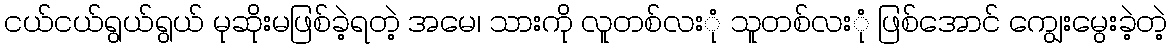
ငယ်ငယ်ရွယ်ရွယ် မုဆိုးမဖြစ်ခဲ့ရတဲ့ အမေ၊ သားကို လူတစ်လးုံ သူတစ်လးုံ ဖြစ်အောင် ကျွေးမွေးခဲ့တဲ့